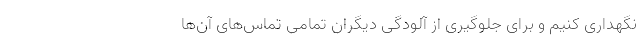
نگهداری کنیم و برای جلوگیری از آلودگی دیگران تمامی تماس‌های آن‌ها